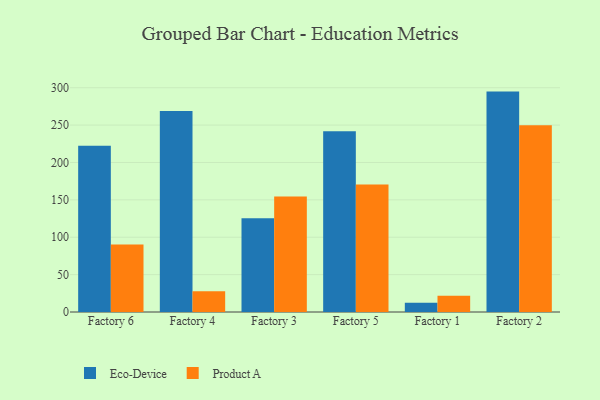
{"axis": {"x": "Factory", "y": "Humidity (%)"}, "legend": ["Eco-Device", "Product A"], "data": [{"x": "Factory 6", "y": 222.4, "type": "Eco-Device"}, {"x": "Factory 6", "y": 90.2, "type": "Product A"}, {"x": "Factory 4", "y": 268.8, "type": "Eco-Device"}, {"x": "Factory 4", "y": 27.9, "type": "Product A"}, {"x": "Factory 3", "y": 125.5, "type": "Eco-Device"}, {"x": "Factory 3", "y": 154.5, "type": "Product A"}, {"x": "Factory 5", "y": 241.8, "type": "Eco-Device"}, {"x": "Factory 5", "y": 170.4, "type": "Product A"}, {"x": "Factory 1", "y": 12.4, "type": "Eco-Device"}, {"x": "Factory 1", "y": 21.6, "type": "Product A"}, {"x": "Factory 2", "y": 294.8, "type": "Eco-Device"}, {"x": "Factory 2", "y": 249.9, "type": "Product A"}]}